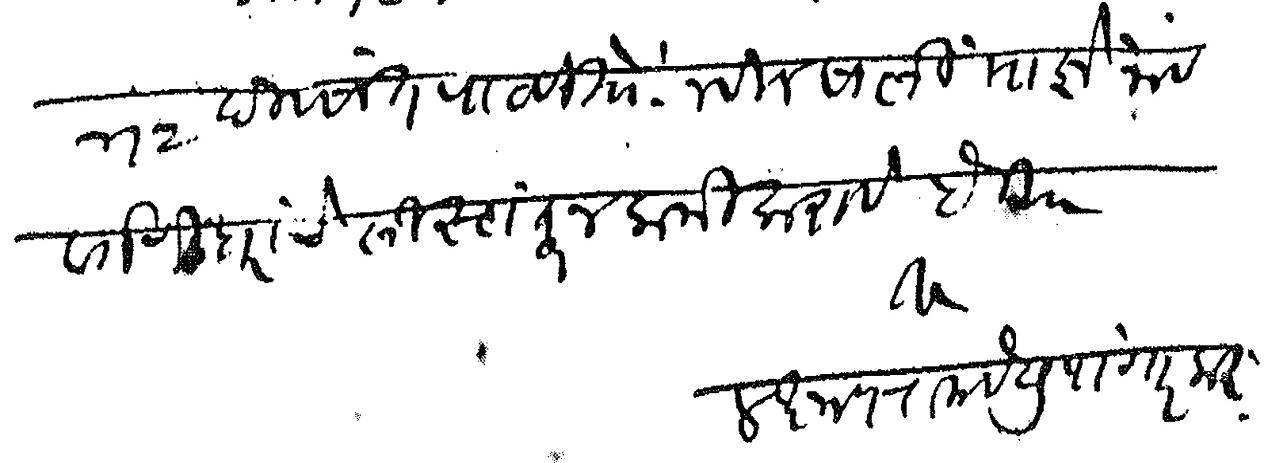
Transliteration (Devanagari): ४ २ दिवसात पाठवितो नवीन साली माझे नाव वर्गणीदाराचे लिस्टातून कमी करावे हे वि आ लक्ष्मण रामचंद्र पांगारकर